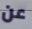
عن